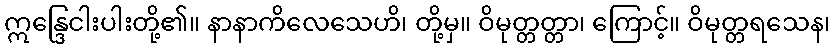
ဣန္ဒြေငါးပါးတို့၏။ နာနာကိလေသေဟိ၊ တို့မှ။ ဝိမုတ္တတ္တာ၊ ကြောင့်။ ဝိမုတ္တရသေန၊